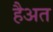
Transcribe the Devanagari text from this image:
हैअत